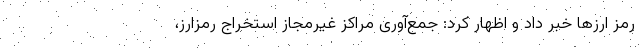
رمز ارزها خبر داد و اظهار کرد: جمع‌آوری مراکز غیرمجاز استخراج رمزارز،